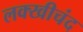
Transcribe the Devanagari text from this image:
लक्खीचंद